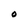
Character: 0